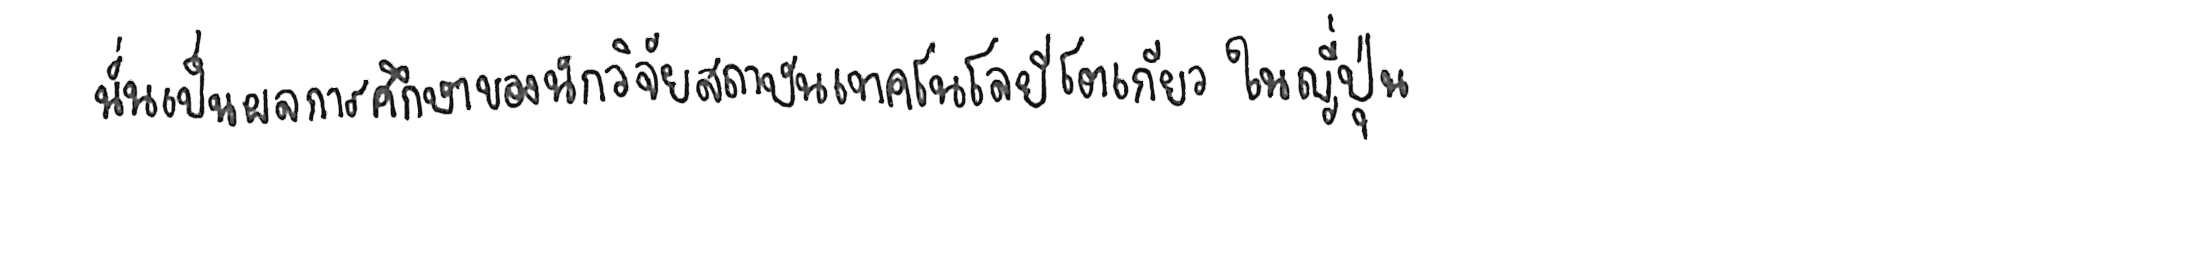
นั่นเป็นผลการศึกษาของนักวิจัยสถาบันเทคโนโลยีโตเกียว ในญี่ปุ่น